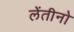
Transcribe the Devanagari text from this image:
लेंतीनो